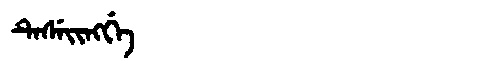
Manchu: ᡨᡝᠰᡝᡳᠩᡤᡝ
Romanization: TESEINGGE